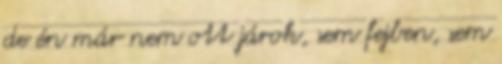
de én már nem ott járok, sem fejben, sem